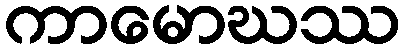
ကာမောဃဿ